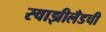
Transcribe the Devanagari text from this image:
स्वाझीलँडची